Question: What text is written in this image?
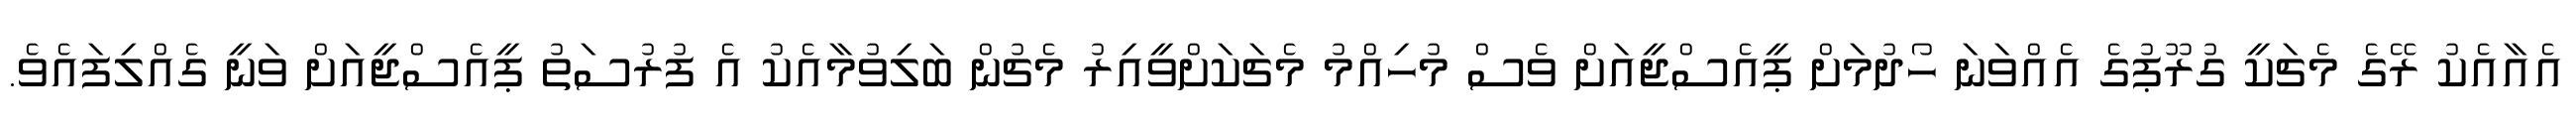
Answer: އެއާއެކު ރޭގެ މެޗަކީ ގުރޫޕުގެ އެއްވަނަ ހޯދުމަށް ޕީއެސްޖީއަށް ވެސް މުހިއްމު މެޗަކަށްވީއިރު މެޗުން ބަލިވުމާއެކު އެ ފުރުސަތު ޕީއެސްޖީއަށް ވަނީ ގެއްލިފައެވެ.